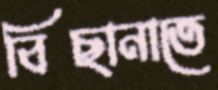
বিছানাতে